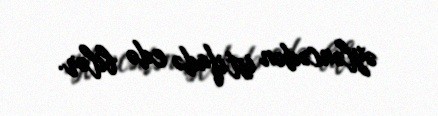
əyləncədən istifadə edə bilər.